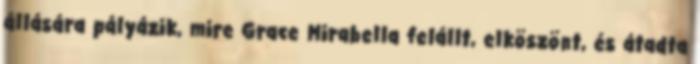
állására pályázik, mire Grace Mirabella felállt, elköszönt, és átadta